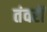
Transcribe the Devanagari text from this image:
तंवरों